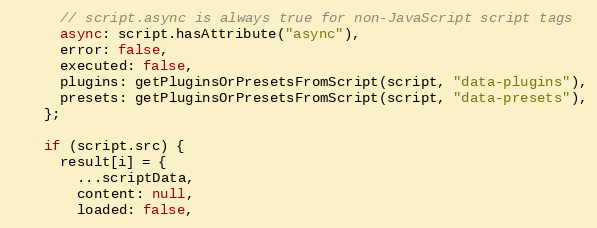
Language: JavaScript
      // script.async is always true for non-JavaScript script tags
      async: script.hasAttribute("async"),
      error: false,
      executed: false,
      plugins: getPluginsOrPresetsFromScript(script, "data-plugins"),
      presets: getPluginsOrPresetsFromScript(script, "data-presets"),
    };

    if (script.src) {
      result[i] = {
        ...scriptData,
        content: null,
        loaded: false,